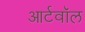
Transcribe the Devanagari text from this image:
आर्टवॉल